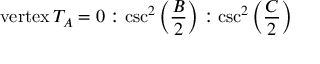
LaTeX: { \mathrm { v e r t e x } } \, T _ { A } = 0 : \csc ^ { 2 } \left( { \frac { B } { 2 } } \right) : \csc ^ { 2 } \left( { \frac { C } { 2 } } \right)